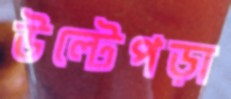
উল্টেপড়া